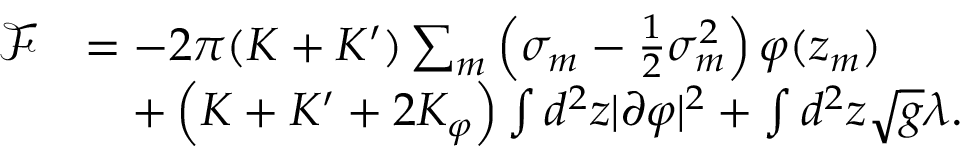
\begin{array} { r l } { \mathcal F } & { = - 2 \pi ( K + K ^ { \prime } ) \sum _ { m } \left( \sigma _ { m } - \frac { 1 } { 2 } \sigma _ { m } ^ { 2 } \right) \varphi ( z _ { m } ) } \\ & { \quad + \left( K + K ^ { \prime } + 2 K _ { \varphi } \right) \int d ^ { 2 } z | \partial \varphi | ^ { 2 } + \int d ^ { 2 } z \sqrt { g } \lambda . } \end{array}